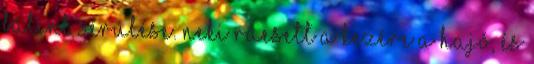
Bálint sérülése. Neki ráesett a kezére a hajó, és